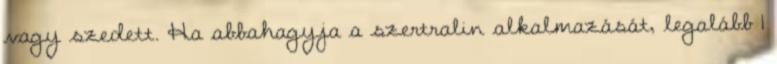
vagy szedett. Ha abbahagyja a szertralin alkalmazását, legalább 1